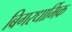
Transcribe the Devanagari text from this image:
बिगरधार्मिक